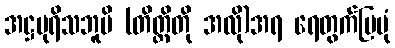
အဋ္ဌပုရိသဘူမိ (တိတ္ထိတို အလို)အရ ရေတွက်ပြပုံ